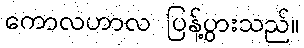
ကောလဟာလ ပြန့်ပွားသည်။